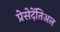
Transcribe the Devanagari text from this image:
प्रेसेदेंतिअल